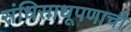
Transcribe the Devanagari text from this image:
संधिसाधूपणाची